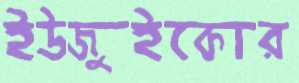
ইউজুইকোর